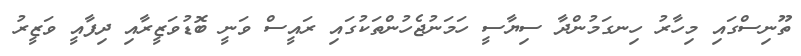
ތޫނިސްގައި މިހާރު ހިނގަމުންދާ ސިޔާސީ ހަމަނުޖެހުންތަކުގައި ރައީސް ވަނީ ބޮޑުވަޒީރާއި ދިފާއީ ވަޒީރު